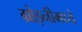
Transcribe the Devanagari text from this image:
ग्रोझ्नीमध्ये